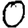
Digit: 0